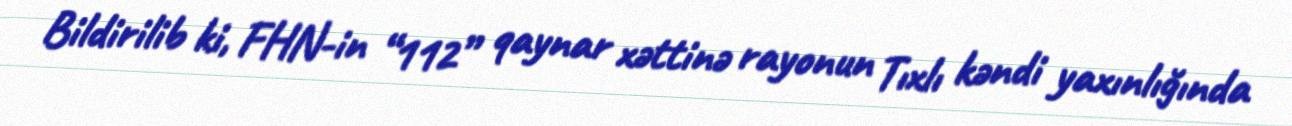
Bildirilib ki, FHN-in “112” qaynar xəttinə rayonun Tıxlı kəndi yaxınlığında